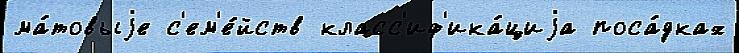
ма́товыjе с'ем'е́йств класс'иф'ика́циjа поса́дках